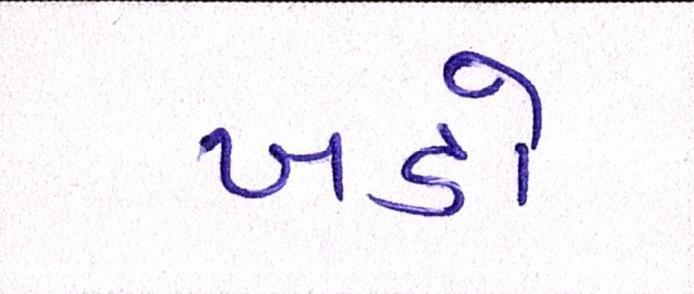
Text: ખડો